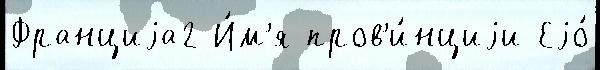
Франциjа2 И́м'я пров'и́нциjи Еjо́